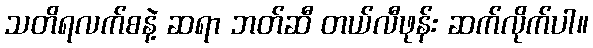
သတိရလက်စနဲ့ ဆရာ ဘတ်ဆီ တယ်လီဖုန်း ဆက်လိုက်ပါ။